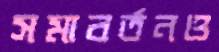
সমাবর্তনও